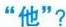
”他”?x